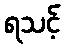
ရသင့်